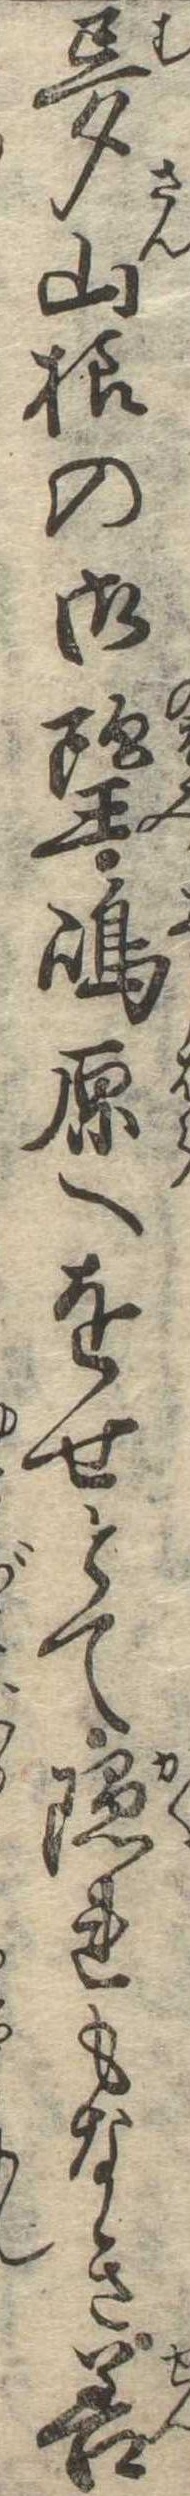
夢山様の御望島原へをせとて隠れもなき善